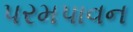
પરમપાવન